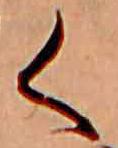
く